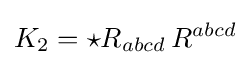
K_{2}={{\star }R}_{abcd}\,R^{abcd}